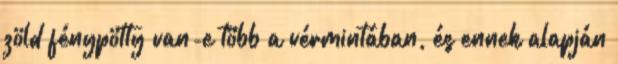
zöld fénypötty van-e több a vérmintában, és ennek alapján